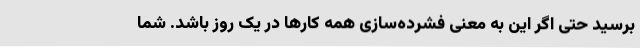
برسید حتی اگر این به معنی فشرده‌سازی همه کارها در یک روز باشد. شما